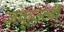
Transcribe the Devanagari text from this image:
जकूज्जी